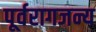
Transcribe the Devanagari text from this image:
पूर्वरागजन्य